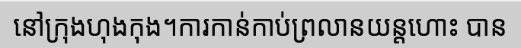
នៅក្រុងហុងកុង។ការកាន់កាប់ព្រលានយន្តហោះ បាន